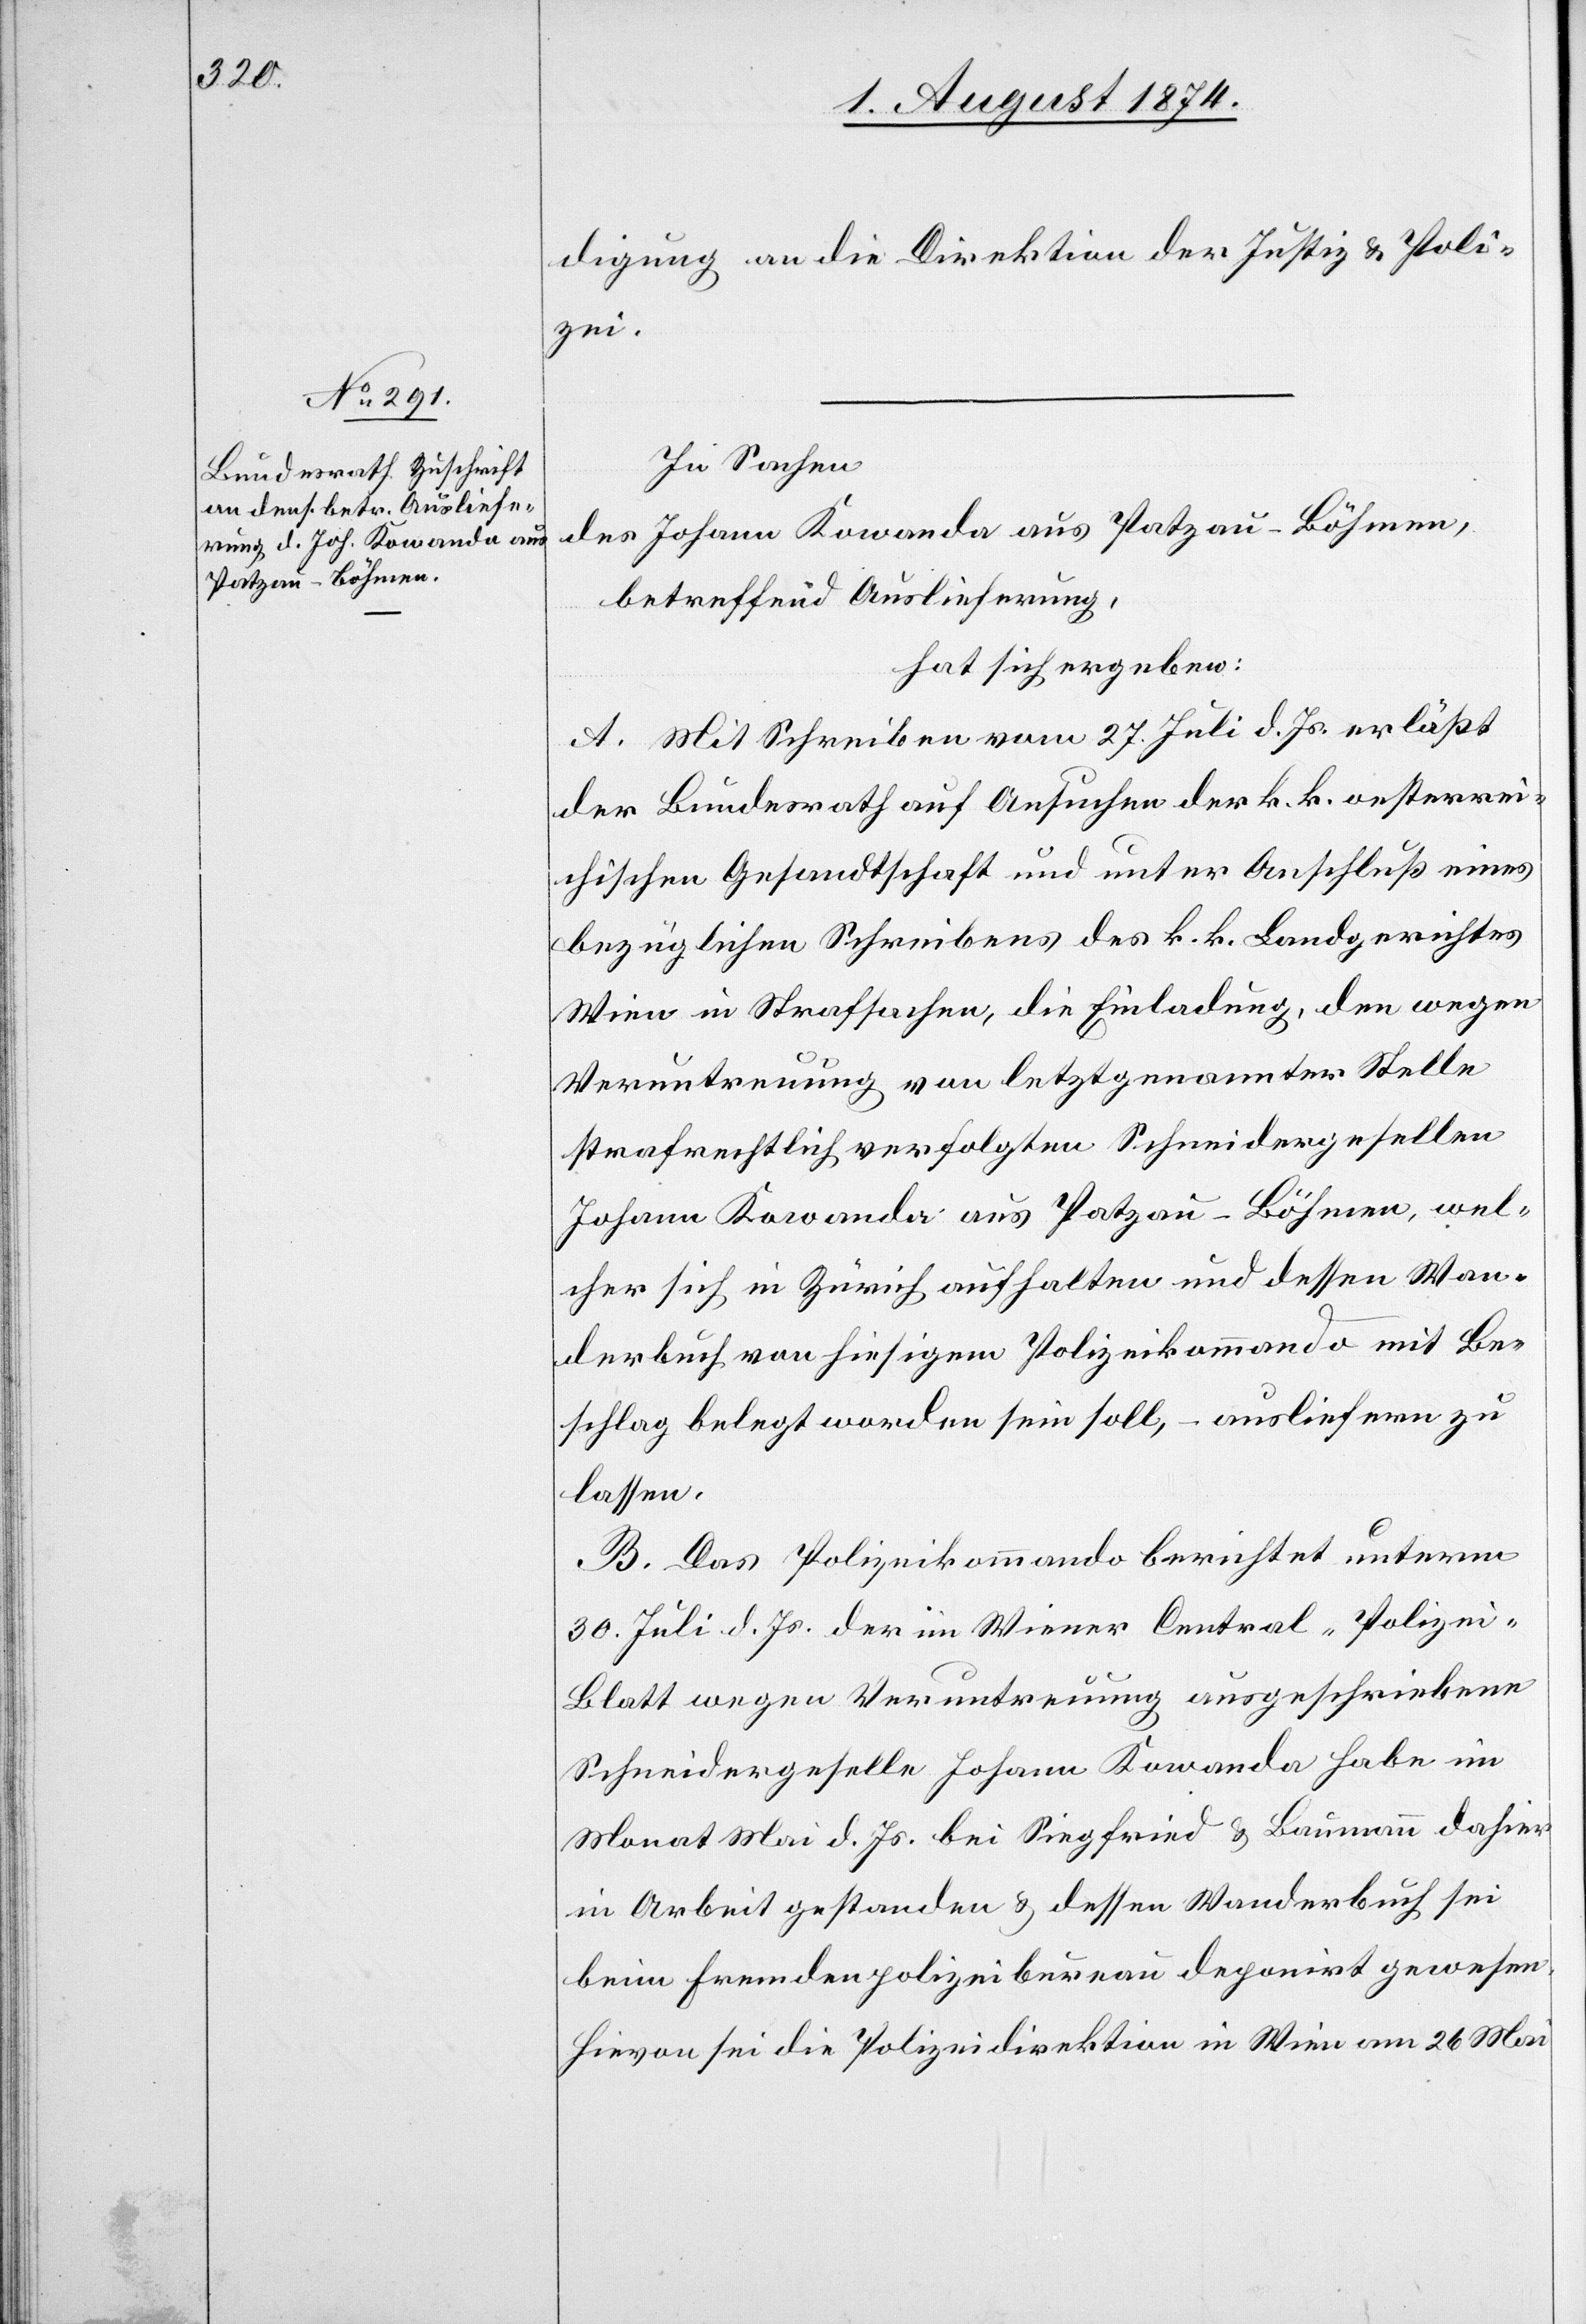
4. August 1874.]
digung an die Direktion der Justiz u. Poli¬
zei.
In Sachen
des Johann Kowanda aus Patzau-Böhmen,
betreffend Auslieferung,
hat sich ergeben:
A. Mit Schreiben vom 27. Juli d. Js. erläßt
der Bundesrath auf Ansuchen der k. k. oesterrei¬
chischen Gesandtschaft und unter Anschluß eines
bezüglichen Schreibens des k. k. Landgerichtes
Wien in Strafsachen, die Einladung, dem wegen
Veruntreuung von letztgenannter Stelle
strafrechtlich verfolgten Schneidergesellen
Johann Kowanda aus Patzau-Böhmen, wel¬
cher sich in Zürich aufhalten und dessen Wan¬
derbuch von hiesigem Polizeikommando mit Be¬
schlag belegt worden sein soll, – ausliefern zu
lassen.
B. Das Polizeikommando berichtet unterm
30. Juli d. Js. der im Wiener Central-Polizei-B¬
latt wegen Veruntreuung ausgeschriebene
Schneidergeselle Johann Kowanda habe im
Monat Mai d. Js. bei Siegfried u. Baumann dahier
in Arbeit gestanden u. dessen Wanderbuch sei
beim Fremdenpolizeibureau deponirt gewesen.
Hievon sei die Polizeidirektion in Wien am 26. Mai